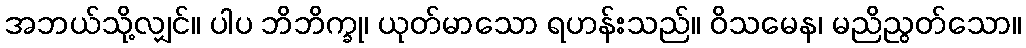
အဘယ်သို့လျှင်။ ပါပ ဘိဘိက္ခု၊ ယုတ်မာသော ရဟန်းသည်။ ဝိသမေန၊ မညိညွတ်သော။